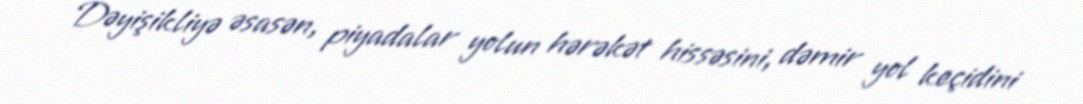
Dəyişikliyə əsasən, piyadalar yolun hərəkət hissəsini, dəmir yol keçidini